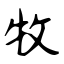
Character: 牧